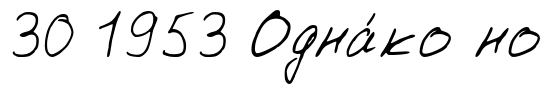
30 1953 Одна́ко но